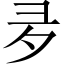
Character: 夛